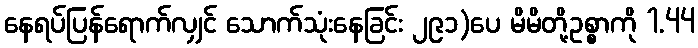
နေရပ်ပြန်ရောက်လျှင် သောက်သုံးနေခြင်း ၂၉၁)ပေ မိမိတို့ဥစ္စာကို 1.44